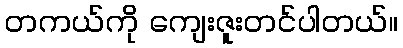
တကယ်ကို ကျေးဇူးတင်ပါတယ်။